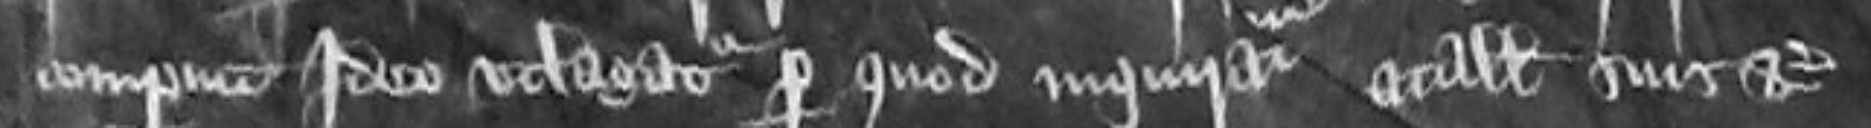
comperuit Ideo utlagatur per quod inquiratur catallis suis etc